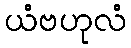
ယံဗဟုလံ